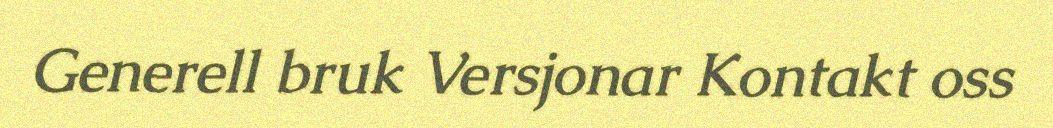
Generell bruk Versjonar Kontakt oss